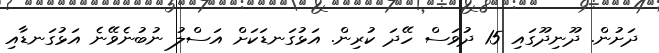
ދަށުން. ދޫނިދޫގައި 15 ދުވަސް ހޭދަ ކުރިން. އަޅުގަނޑަކަށް އަސްލު ނުބުނެވޭނެ އަޅުގަނޑާއި